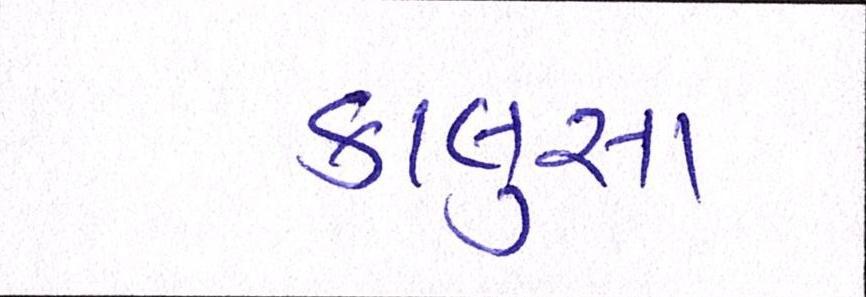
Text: કાલુસા